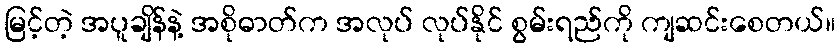
မြင့်တဲ့ အပူချိန်နဲ့ အစိုဓာတ်က အလုပ် လုပ်နိုင် စွမ်းရည်ကို ကျဆင်းစေတယ်။